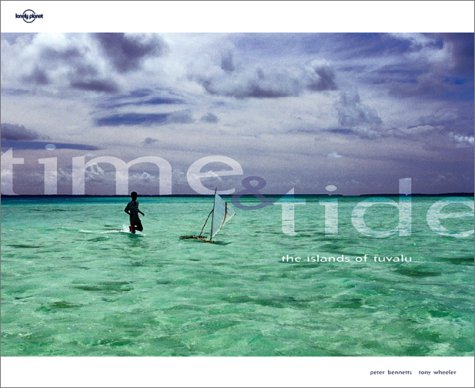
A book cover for Time & Tide: The Islands of Tuvalu; Tony Wheeler; Travel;